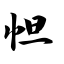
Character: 怛